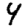
Digit: 4